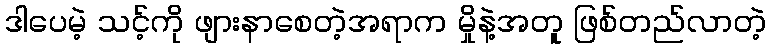
ဒါပေမဲ့ သင့်ကို ဖျားနာစေတဲ့အရာက မှိုနဲ့အတူ ဖြစ်တည်လာတဲ့